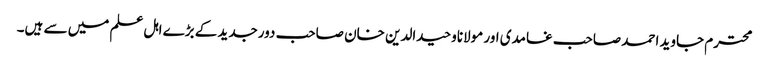
محترم جاوید احمد صاحب غامدی اور مولاناوحیدالدین خان صاحب دورجدید کے بڑے اہل علم میں سے ہیں۔